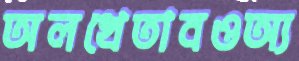
অলখেতাবওঅ্য